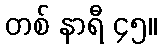
တစ် နာရီ ၄၅။